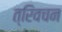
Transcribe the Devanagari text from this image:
त्रिवचन